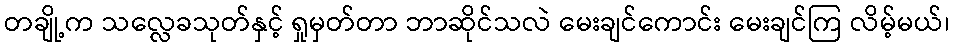
တချို့က သလ္လေခသုတ်နှင့် ရှုမှတ်တာ ဘာဆိုင်သလဲ မေးချင်ကောင်း မေးချင်ကြ လိမ့်မယ်၊